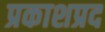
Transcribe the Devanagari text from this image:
प्रकाशप्रद